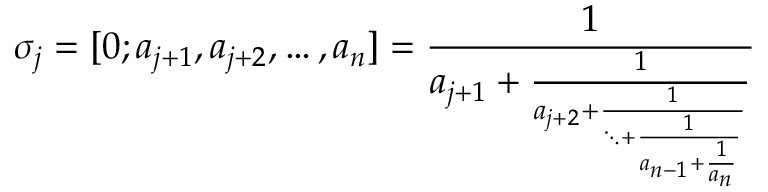
\sigma _ { j } = [ 0 ; a _ { j + 1 } , a _ { j + 2 } , \ldots , a _ { n } ] = \frac { 1 } { a _ { j + 1 } + \frac { 1 } { a _ { j + 2 } + \frac { 1 } { \ddots + \frac { 1 } { a _ { n - 1 } + \frac { 1 } { a _ { n } } } } } }